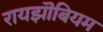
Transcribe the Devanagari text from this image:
रायझॊबियम